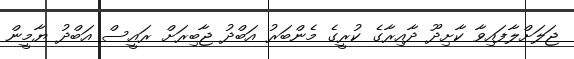
ޖަލަށްލާފައިވާ ކާށިދޫ ދާއިރާގެ ކުރީގެ މެންބަރު އަބްދު ޖާބިރަށް ރައީސް އަބްދު ޔާމީން